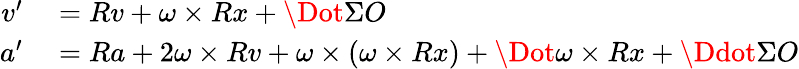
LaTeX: \begin{array}{rl}{v^{\prime}}&{{}=Rv+\omega\times Rx+\Dot{\Sigma}O}\\ {a^{\prime}}&{{}=Ra+2\omega\times Rv+\omega\times(\omega\times Rx)+\Dot{\omega}\times Rx+\Ddot{\Sigma}O}\end{array}